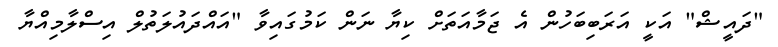
"ދައީޝް" އަކީ އަރަބިބަހުން އެ ޖަމާއަތަށް ކިޔާ ނަން ކަމުގައިވާ "އައްދައުލަތުލް އިސްލާމިއްޔާ